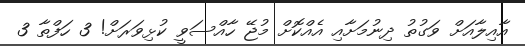
އާއިލާއަށް ވަގުތު ދިނުމަށާއި އެއްކޮށް މުޖޭ ހާއްސަވީ ކުޅިވަރަށް! 3 ހަފްތާ 3